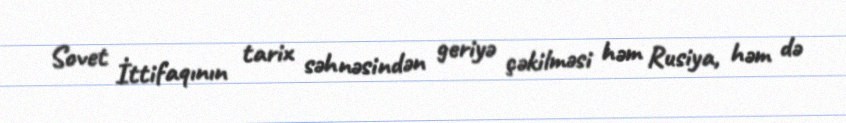
Sovet İttifaqının tarix səhnəsindən geriyə çəkilməsi həm Rusiya, həm də